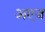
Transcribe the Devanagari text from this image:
अएज